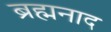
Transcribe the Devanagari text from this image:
ब्रह्मनाद